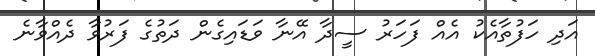
އަދި ހަފުތާއެކު އެއް ފަހަރު ސީދާ އޭނާ ވަޑައިގެން ދަތުގެ ފަރުވާ ދެއްވާނެ